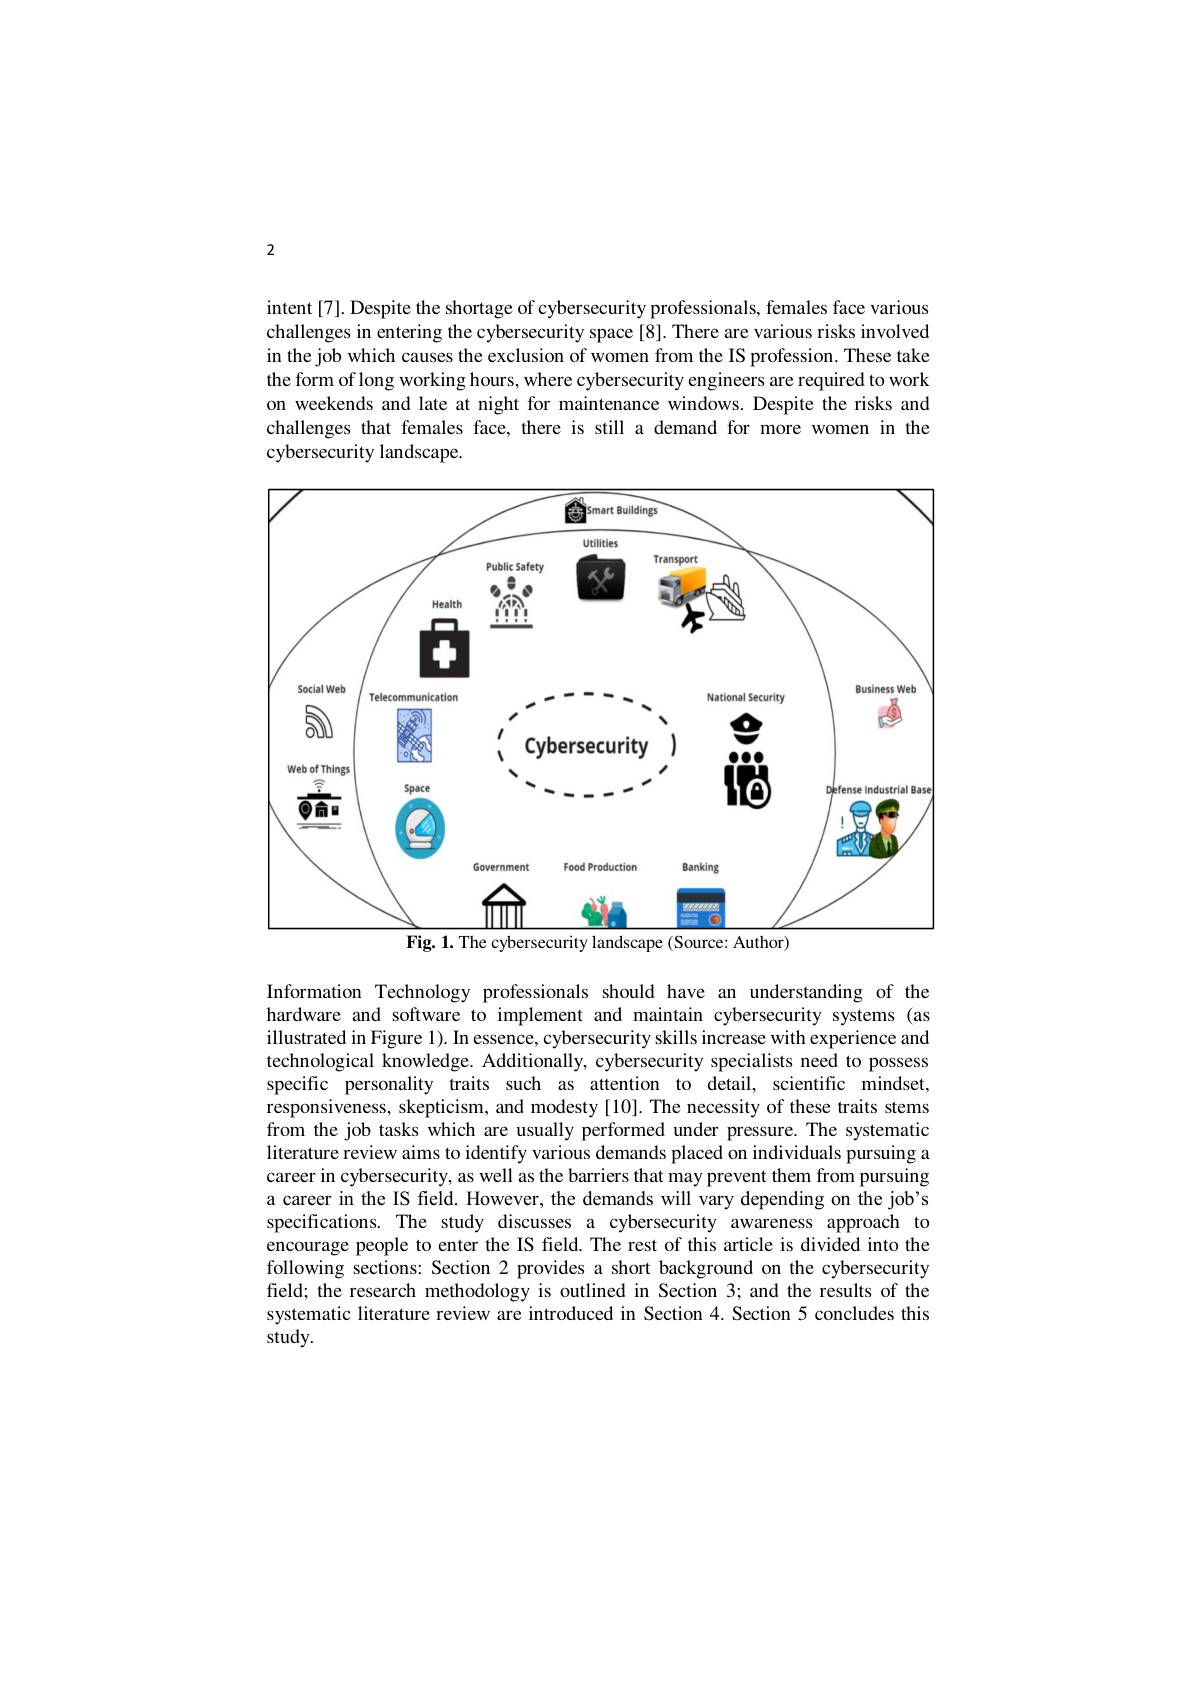
2

intent[7]. Despite the shortage of cybersecurity professionals, females face various challenges in entering the cybersecurity space[8]. There are various risks involved in the job which causes the exclusion of women from the IS profession. These take the form of long working hours, where cybersecurity engineers are required to work on weekends and late at night for maintenance windows. Despite the risks and challenges that females face, there is still a demand for more women in the cybersecurity landscape.

<FigureHere>
Fig. 1. The cybersecurity landscape (Source: Author)

Information Technology professionals should have an understanding of the hardware and software to implement and maintain cybersecurity systems (as illustrated in Figure 1). In essence, cybersecurity skills increase with experience and technological knowledge. Additionally, cybersecurity specialists need to possess specific personality traits such as attention to detail, scientific mindset, responsiveness, skepticism, and modesty[10]. The necessity of these traits stems from the job tasks which are usually performed under pressure. The systematic literature review aims to identify various demands placed on individuals pursuing a career in cybersecurity, as well as the barriers that may prevent them from pursuing a career in the IS field. However, the demands will vary depending on the job's specifications. The study discusses a cybersecurity awareness approach to encourage people to enter the IS field. The rest of this article is divided into the following sections: Section 2 provides a short background on the cybersecurity field; the research methodology is outlined in Section 3; and the results of the systematic literature review are introduced in Section 4. Section 5 concludes this study.